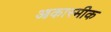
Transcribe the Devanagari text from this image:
आकास्मीक